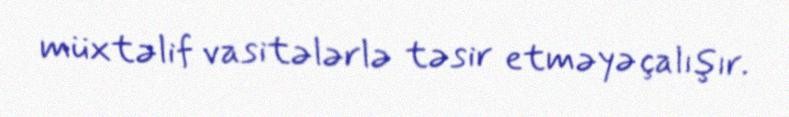
müxtəlif vasitələrlə təsir etməyə çalışır.